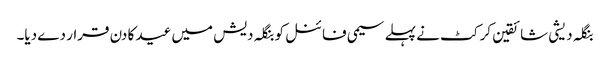
بنگلہ دیشی شائقین کرکٹ نے پہلے سیمی فائنل کو بنگلہ دیش میں عید کا دن قرار دے دیا۔